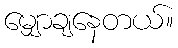
မျှောချနေတယ်။